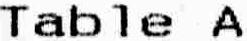
TABLE A